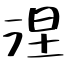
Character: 涅